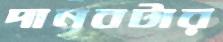
দানবটার